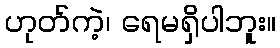
ဟုတ်ကဲ့၊ ရေမရှိပါဘူး။